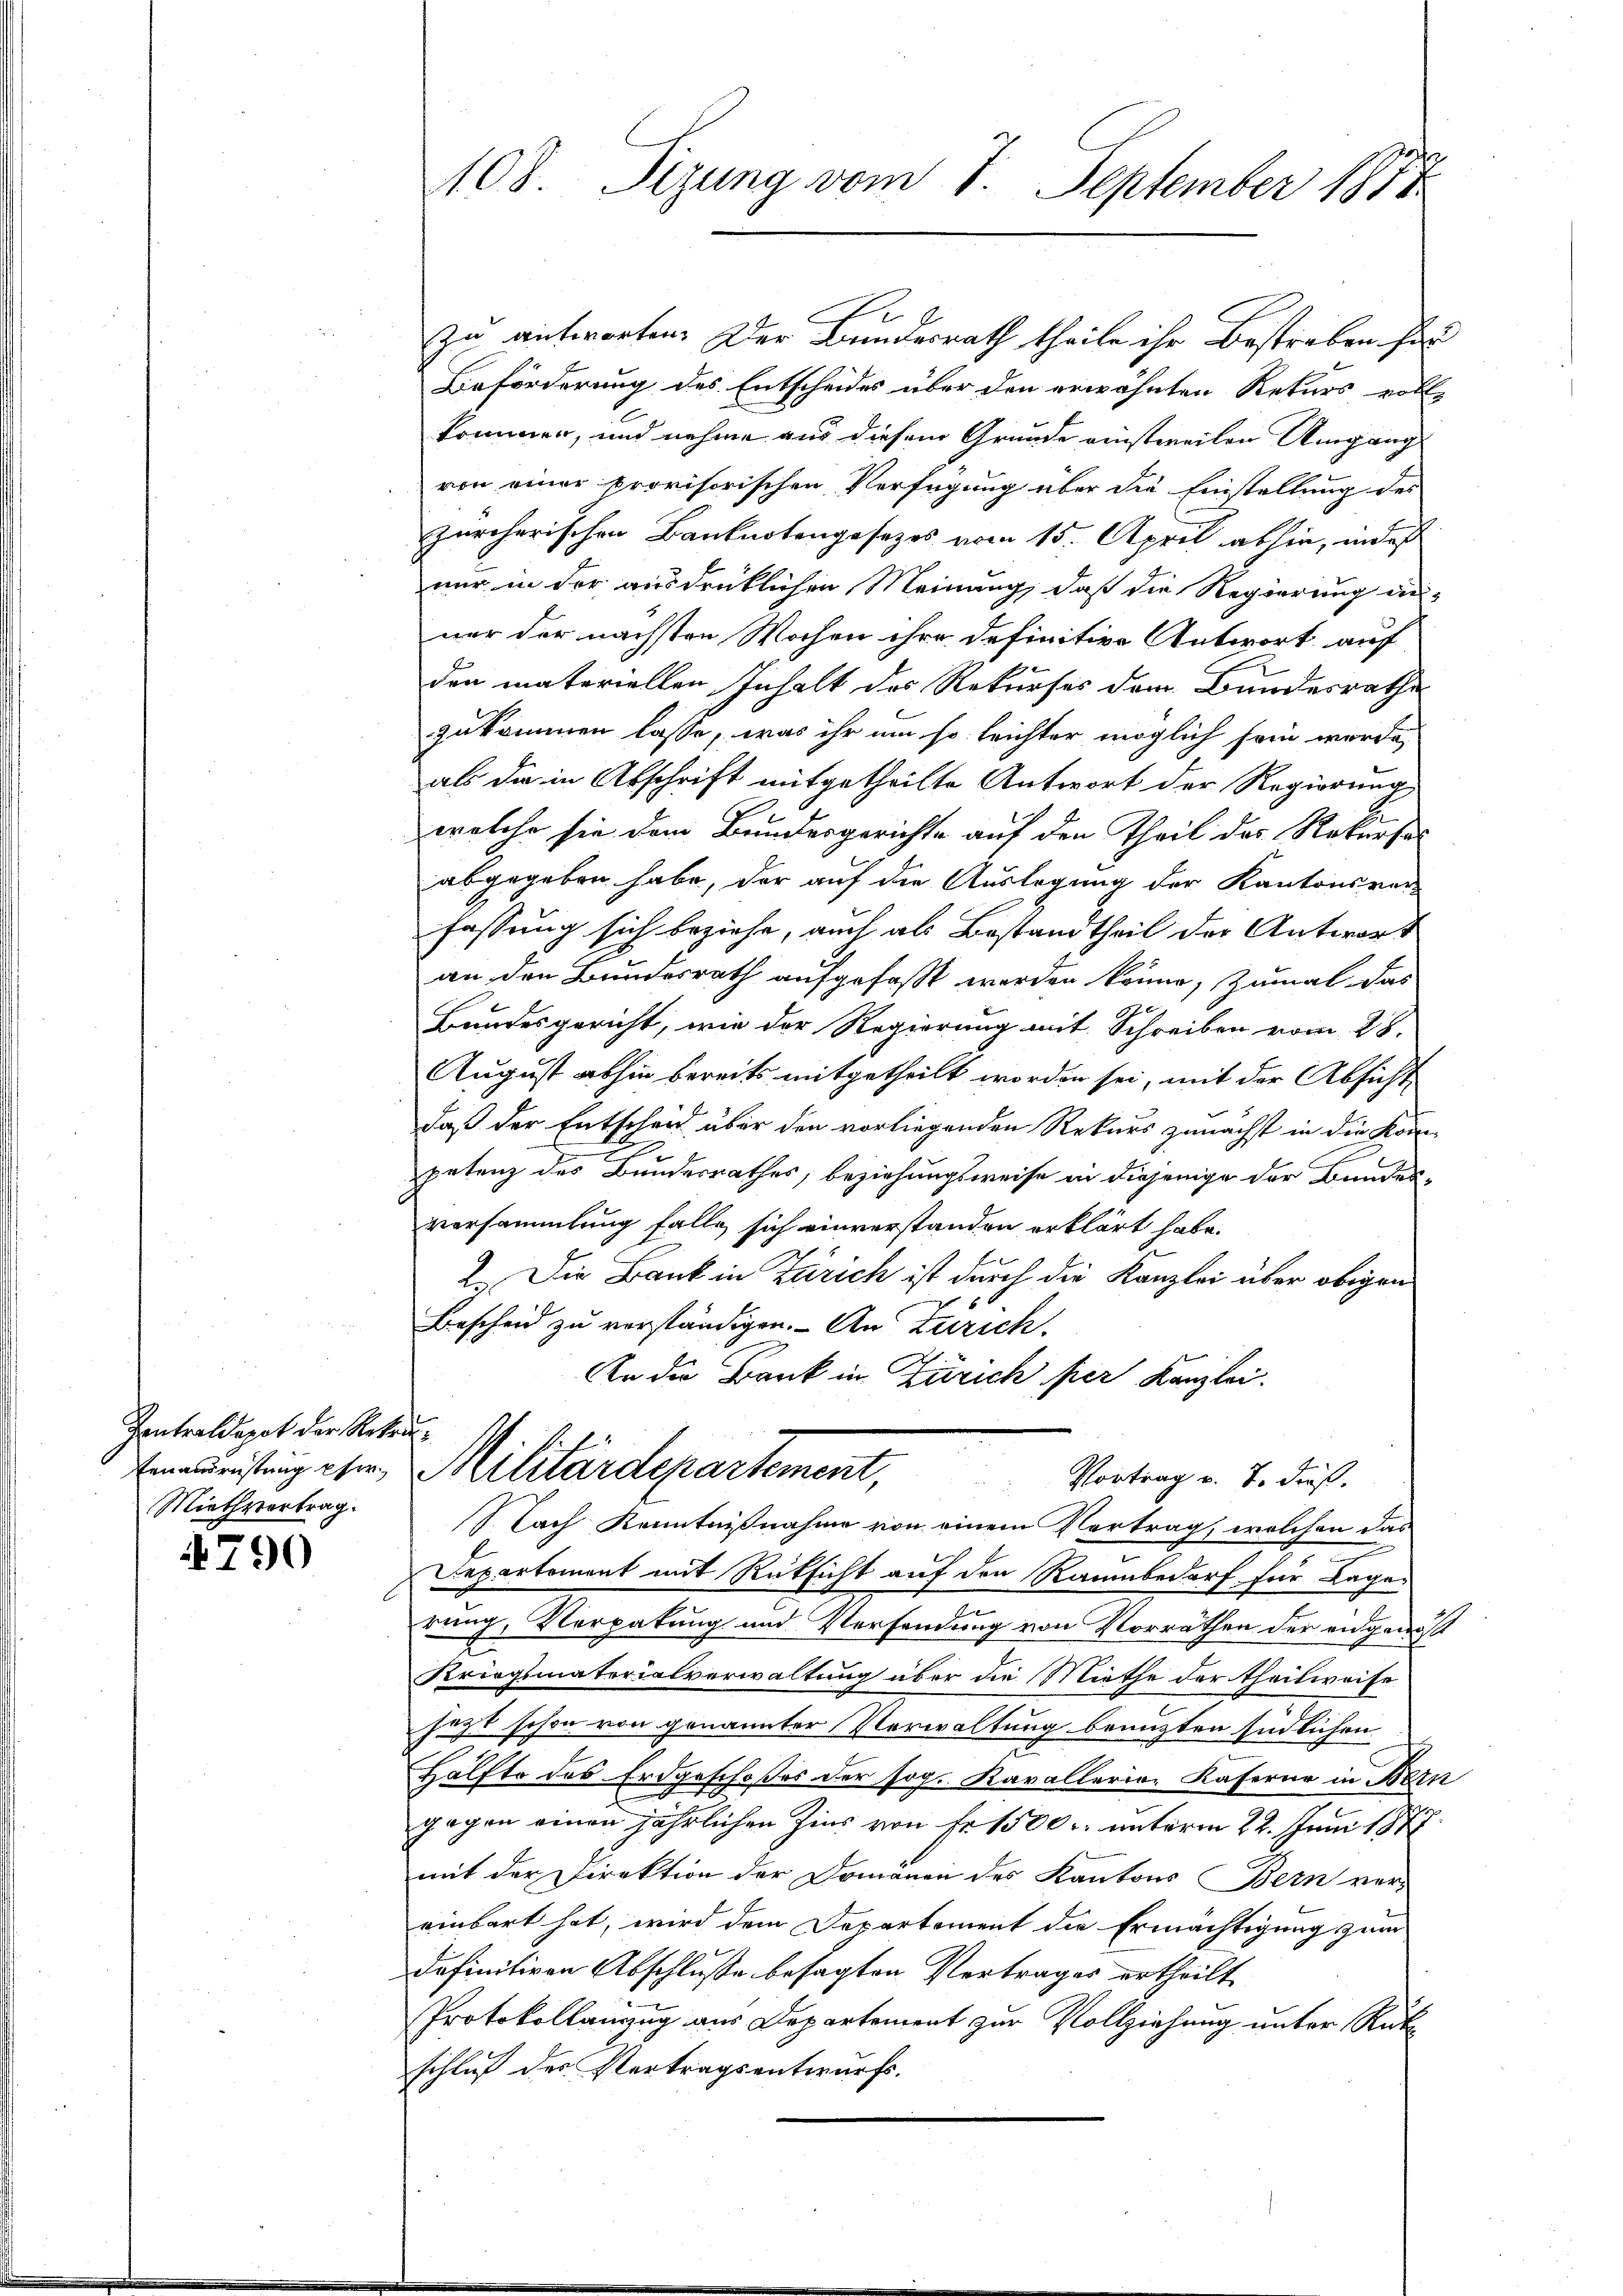
Zentraldapot der Rekru¬
Miethvertrag.

4790

108. Sizung vom 7. September 1871

zu antworten. Der Bundesrath theile ihr Bestreben sie
Beförderung des Entscheides über den erwähnten Rekurs volle
kommen, und nehme aus diesem Grunde einstweilen Umgang
von einer provisorischen Verfügung über die Einstellung des
zürcherischen Banknotengesezes vom 15. April abhin, in des
nur in der ausdrücklichen Meinung, daß die Regierung an-
ner der nächsten Wochen ihre definitive Antwort auf
den materiellen Inhalt des Rekurses dem Bundesrathe
zukommen lasse, was ihr um so leichter möglich sein werde,
als die in Abschrift mitgetheilte Antwort der Regierung
welche sie dem Bundesgerichte auf den Theil des Rekurseabgegeben habe, der auf die Auslegung der Kantonsver-
fassung sich beziehe, auch als Bestandtheil der Antwort
an den Bundesrath aufgefaßt werden könne, zumal das
2
Bundesgericht, wie der Regierung mit Schreiben vom 28.
August abhin bereits mitgetheilt worden sei, mit der Absicht
daß der Entscheid über den vorliegenden Rekurs zunächst in die Kom-

petenz des Bundesrathes, beziehungsweise in diejenige der Bundenversammlung falle sich einverstanden erklärt habe.
2.) Die Bank in Zürich ist durch die Kanzlei über obigen
Bescheid zu verständigen. An Zürich.
An die Bank in Zürich per Kanzlei.

Emeistung ihr Militärdepartement, Vortragen. J. Fuß.
Nach Kenntnißnahme von einem Vertrag, welchen das

7
Departement mit Rüksicht auf den Raumbedarf für Lager
n
rung, Verpatung und Versendung von Vorräthen der eidgenöß
Kriegsmaterialverwaltung über die Miethe der Theilweise
sezt schon von genannter Verwaltung benuzten südlichen
2
Hälfte des Erdgeschoßes der sog. Kavalleria-Kaferne in Bern
gegen einen jährlichen Zins von Fr. 1500. unterm 22. Juni 1877.
mit der Direktion der Domänen des Kantons Bern ver-
einbart hat, wird dem Departement die Ermächtigung zum
definitiven Abschluße besagten Vertrages ertheilt
Protokollanzug aus Departement zur Vollziehung unter Rüt
schluß des Vertragsentwurfs.